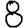
Digit: 8